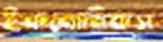
ইকনোমিকস